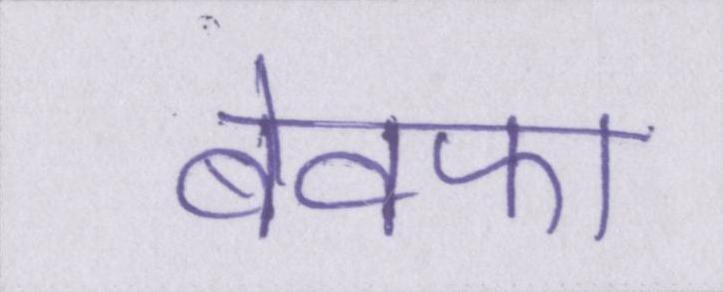
बेवफा